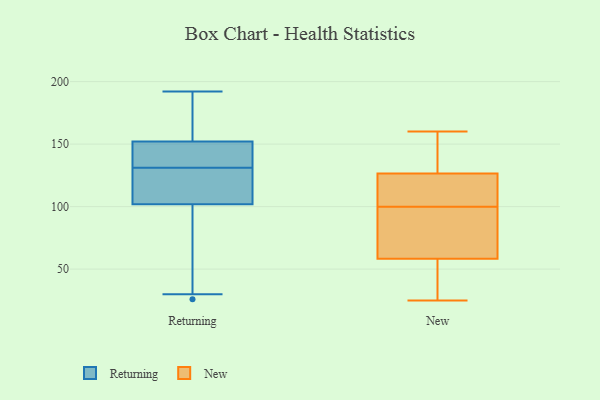
{"axis": {"x": "Production Output", "y": "Value"}, "legend": ["New", "Returning"], "data": [{"x": "", "y": 118, "type": "Returning"}, {"x": "", "y": 190, "type": "Returning"}, {"x": "", "y": 102, "type": "Returning"}, {"x": "", "y": 144, "type": "Returning"}, {"x": "", "y": 26, "type": "Returning"}, {"x": "", "y": 192, "type": "Returning"}, {"x": "", "y": 147, "type": "Returning"}, {"x": "", "y": 152, "type": "Returning"}, {"x": "", "y": 30, "type": "Returning"}, {"x": "", "y": 117, "type": "Returning"}, {"x": "", "y": 160, "type": "New"}, {"x": "", "y": 71, "type": "New"}, {"x": "", "y": 122, "type": "New"}, {"x": "", "y": 100, "type": "New"}, {"x": "", "y": 159, "type": "New"}, {"x": "", "y": 32, "type": "New"}, {"x": "", "y": 25, "type": "New"}, {"x": "", "y": 93, "type": "New"}, {"x": "", "y": 119, "type": "New"}, {"x": "", "y": 54, "type": "New"}, {"x": "", "y": 128, "type": "New"}]}